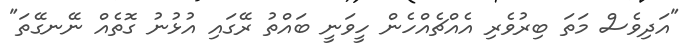
"އަދިވެސް މަތަ ބިރުވެރި އެއްޗެއްހެން ހީވަނީ ބައްތު ރޭގައި އުޅުނު ގޮތެއް ނޭނގޭތަ"